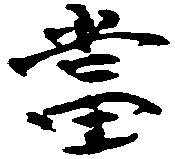
当